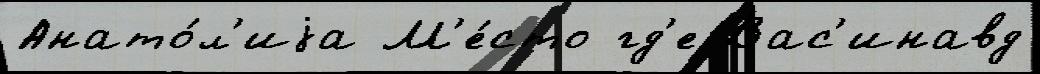
Анато́л'иjа М'е́сто гд'е Вас'инавд